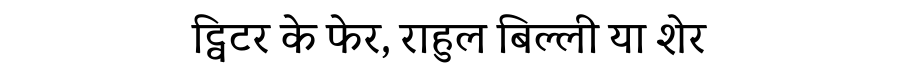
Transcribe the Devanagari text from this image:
ट्विटर के फेर, राहुल बिल्ली या शेर